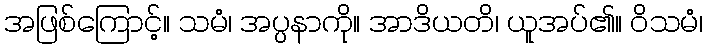
အဖြစ်ကြောင့်။ သမံ၊ အပ္ပနာကို။ အာဒိယတိ၊ ယူအပ်၏။ ဝိသမံ၊